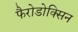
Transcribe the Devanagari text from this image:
फैरोडोक्सिन